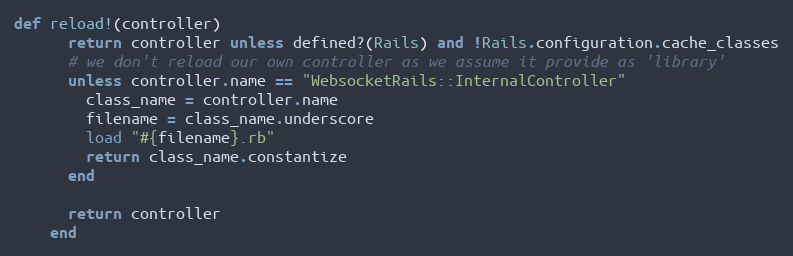
Language: Ruby
def reload!(controller)
      return controller unless defined?(Rails) and !Rails.configuration.cache_classes
      # we don't reload our own controller as we assume it provide as 'library'
      unless controller.name == "WebsocketRails::InternalController"
        class_name = controller.name
        filename = class_name.underscore
        load "#{filename}.rb"
        return class_name.constantize
      end

      return controller
    end